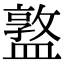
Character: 𥂦